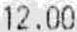
12.00